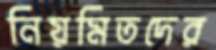
নিয়মিতদের